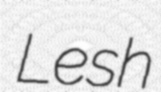
Lesh